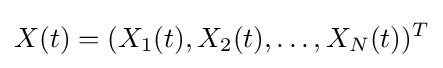
X(t)=(X_{1}(t),X_{2}(t),\ldots ,X_{N}(t))^{T}